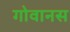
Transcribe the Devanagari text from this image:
गोवानस